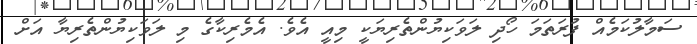
ސަމާލުކަމެއް ފުރަތަމަ ހޯދި ލަވަކިޔުންތެރިޔަކީ މިއީ އެވެ. އެމެރިކާގެ މި ލަވަކިޔުންތެރިޔާ އަށް